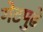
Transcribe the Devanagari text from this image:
गेटपुढे